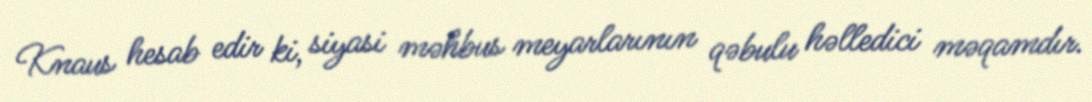
Knaus hesab edir ki, siyasi məhbus meyarlarının qəbulu həlledici məqamdır.